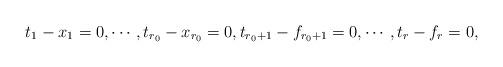
LaTeX: \begin{align*}t_1-x_1=0, \cdots, t_{r_0}-x_{r_0}=0, t_{r_0+1}-f_{r_0+1}=0, \cdots, t_r-f_r=0,\end{align*}